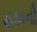
રાકાની